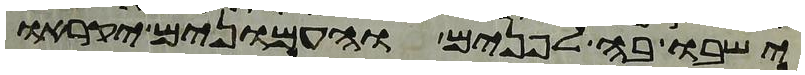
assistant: ישבו בה לפנים והעמונים יקראו